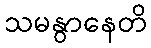
သမနွာနေတိ